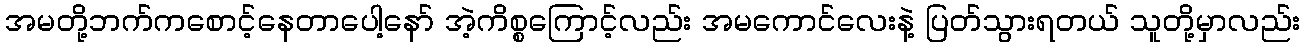
အမတို့ဘက်ကစောင့်နေတာပေါ့နော် အဲ့ကိစ္စကြောင့်လည်း အမကောင်လေးနဲ့ ပြတ်သွားရတယ် သူတို့မှာလည်း